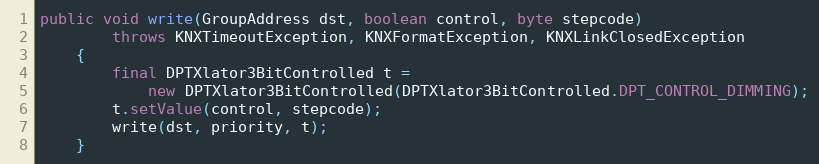
Language: Java
public void write(GroupAddress dst, boolean control, byte stepcode)
		throws KNXTimeoutException, KNXFormatException, KNXLinkClosedException
	{
		final DPTXlator3BitControlled t =
			new DPTXlator3BitControlled(DPTXlator3BitControlled.DPT_CONTROL_DIMMING);
		t.setValue(control, stepcode);
		write(dst, priority, t);
	}